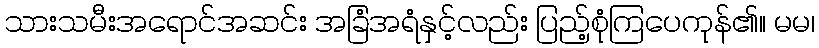
သားသမီးအရောင်အဆင်း အခြံအရံနှင့်လည်း ပြည့်စုံကြပေကုန်၏။ မမ၊